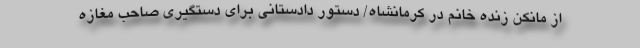
از مانکن زنده خانم در کرمانشاه/ دستور دادستانی برای دستگیری صاحب مغازه